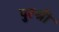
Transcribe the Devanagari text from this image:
पुरश्री